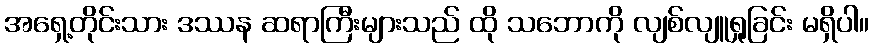
အရှေ့တိုင်းသား ဒဿန ဆရာကြီးများသည် ထို သဘောကို လျစ်လျူရှုခြင်း မရှိပါ။